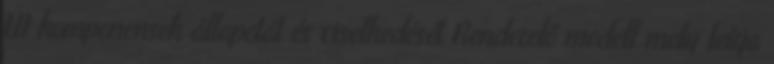
UI komponensek állapotát és viselkedését Renderelő modell mely leírja